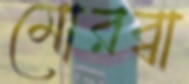
মোরব্বা